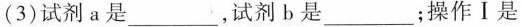
(3)试剂a是___，试剂b是___；操作Ⅰ是